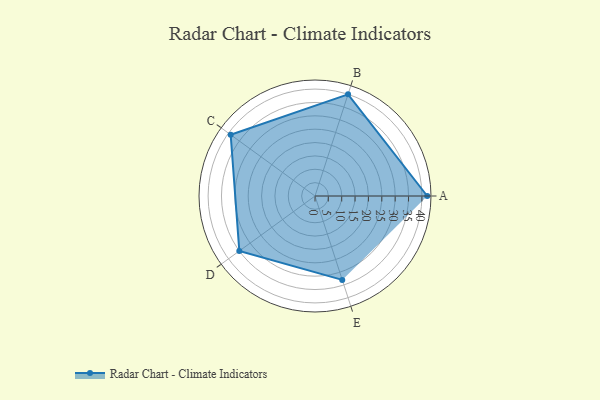
{"axis": {"x": "Skill", "y": "Score"}, "legend": ["Profile"], "data": [{"x": "A", "y": 42.0, "type": "Profile"}, {"x": "B", "y": 40.0, "type": "Profile"}, {"x": "C", "y": 39.0, "type": "Profile"}, {"x": "D", "y": 35.0, "type": "Profile"}, {"x": "E", "y": 33.0, "type": "Profile"}]}